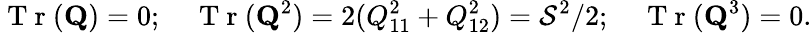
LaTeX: \mathrm{~T~r~}({\mathbf Q})=0;\quad\mathrm{~T~r~}({\mathbf Q}^{2})=2(Q_{11}^{2}+Q_{12}^{2})=\mathcal{S}^{2}/2;\quad\mathrm{~T~r~}({\mathbf Q}^{3})=0.